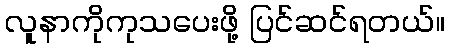
လူနာကိုကုသပေးဖို့ ပြင်ဆင်ရတယ်။